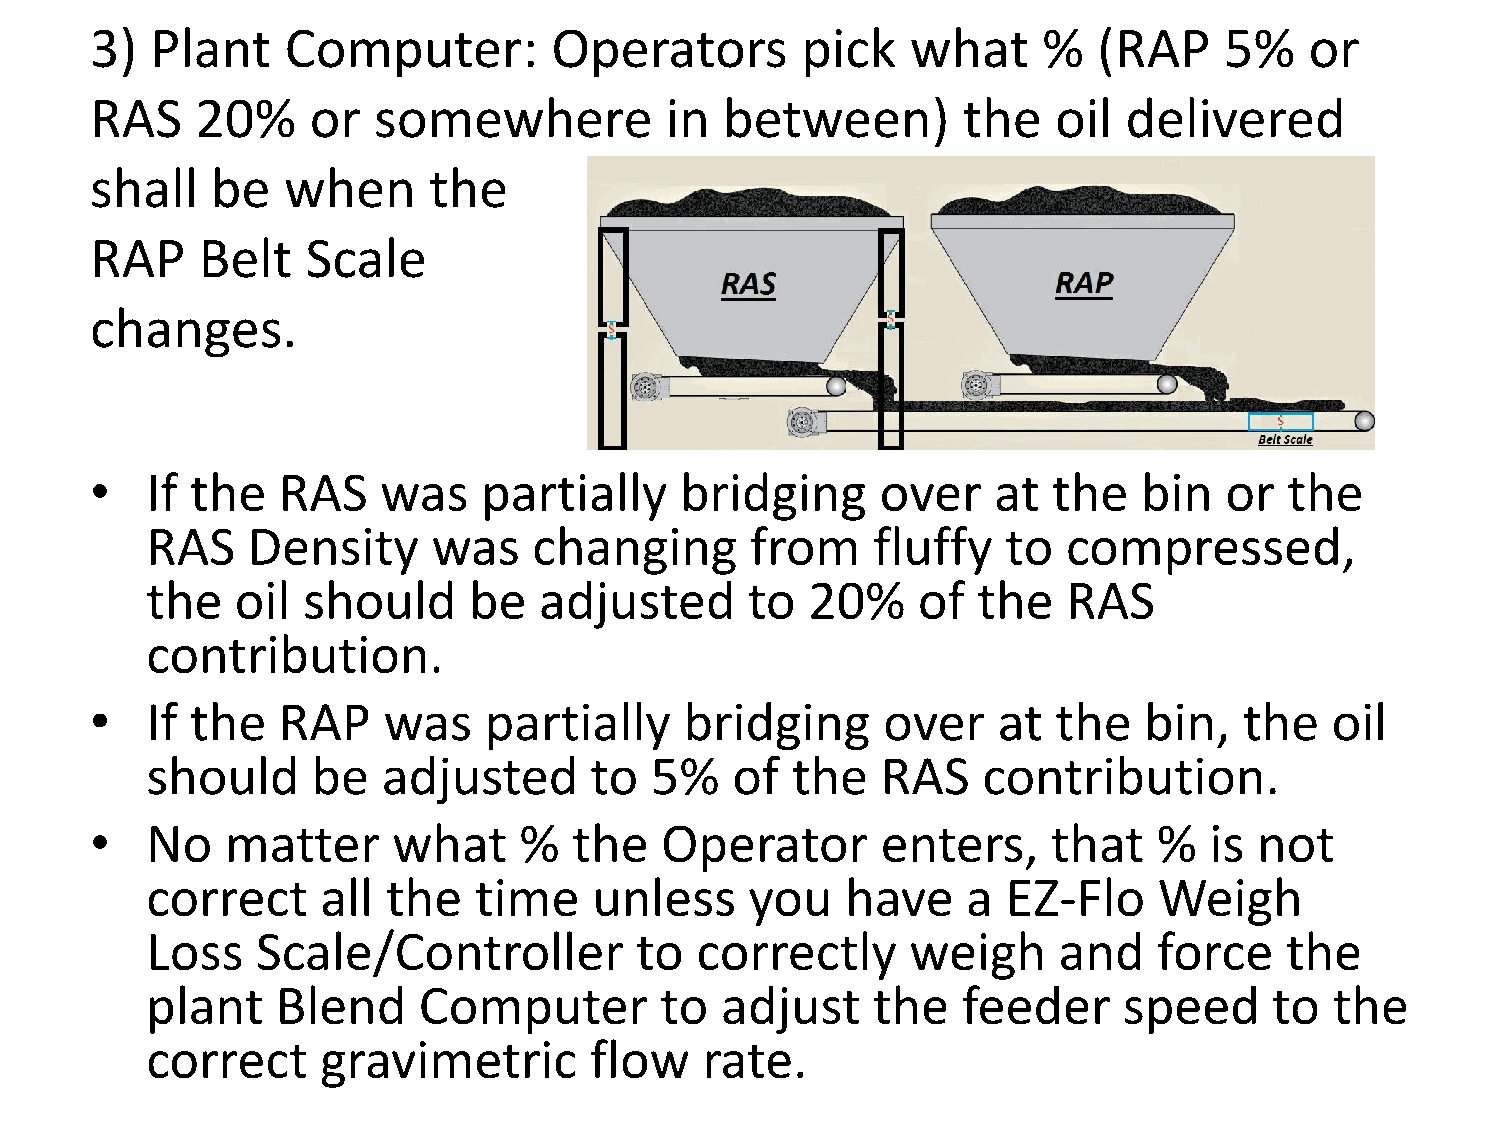
3)  Plant    Computer:         Operators       pick   what     %   (RAP    5%    or
 RAS    20%     or  somewhere          in  between)        the   oil  delivered
 shall   be   when     the
 RAP    Belt   Scale
 changes.
 •   If the  RAS    was    partially    bridging     over    at  the   bin  or  the
 RAS   Density      was   changing       from    fluffy   to  compressed,
 the   oil should     be   adjusted      to  20%    of  the   RAS
 contribution.
 •   If the  RAP    was    partially    bridging     over    at  the   bin,  the   oil
 should     be  adjusted      to  5%   of  the   RAS    contribution.
 •   No   matter     what    %   the   Operator      enters,     that   %  is not
 correct    all  the  time    unless     you   have    a  EZ-Flo    Weigh
 Loss   Scale/Controller         to  correctly     weigh     and    force   the
 plant   Blend     Computer        to  adjust    the   feeder    speed     to  the
 correct    gravimetric       flow   rate.
 .